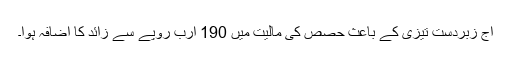
آج زبردست تیزی کے باعث حصص کی مالیت میں 190 ارب روپے سے زائد کا اضافہ ہوا۔